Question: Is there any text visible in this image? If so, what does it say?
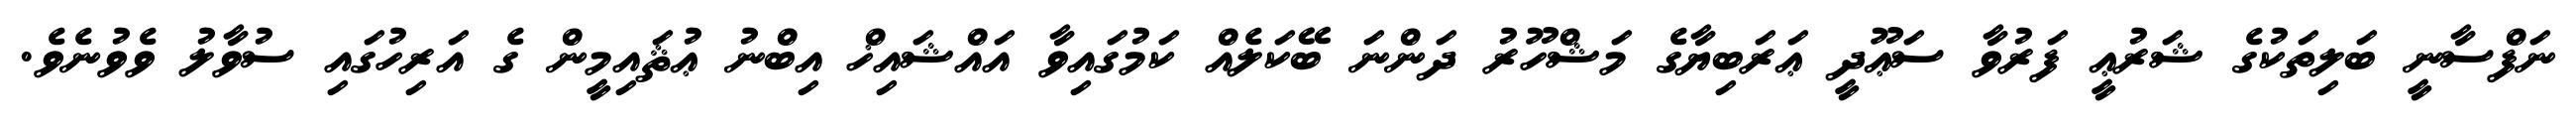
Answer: ނަފްސާނީ ބަލިތަކުގެ ޝަރުޢީ ފަރުވާ ސަޢޫދީ ޢަރަބިޔާގެ މަޝްހޫރު ދަންނަ ބޭކަލެއް ކަމުގައިވާ އައްޝައިޚް އިބްނު ޢުޘައިމީން ގެ އަރިހުގައި ސުވާލު ވެވުނެވެ.